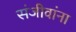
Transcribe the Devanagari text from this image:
संजीवांना